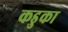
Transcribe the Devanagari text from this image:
कडुका